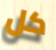
كل